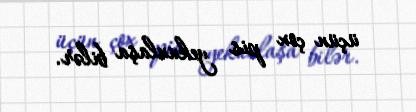
üçün çox pis yekunlaşa bilər.